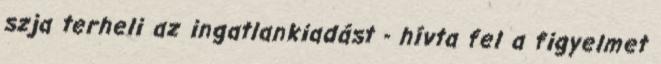
szja terheli az ingatlankiadást - hívta fel a figyelmet